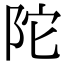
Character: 陀